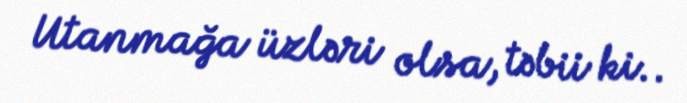
Utanmağa üzləri olsa, təbii ki..